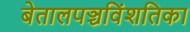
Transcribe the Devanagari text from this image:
बेतालपञ्चविंशतिका